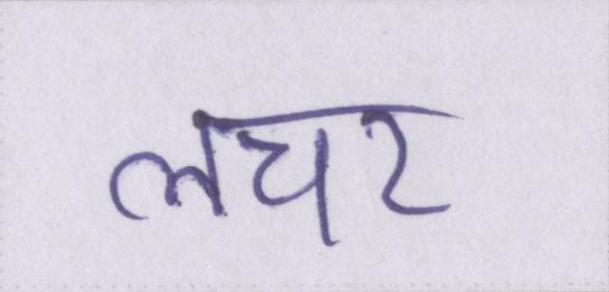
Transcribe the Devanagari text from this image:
लचर